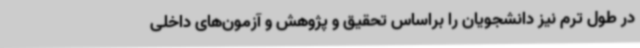
در طول ترم نیز دانشجویان را براساس تحقیق و پژوهش و آزمون‌های داخلی